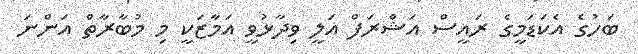
ބަހުގެ އެކަޑަމީގެ ރައީސް އަޝްރަފް އަލީ ވިދާޅުވީ އަމާޒަކީ މި މުބާރާތް އަންނަ